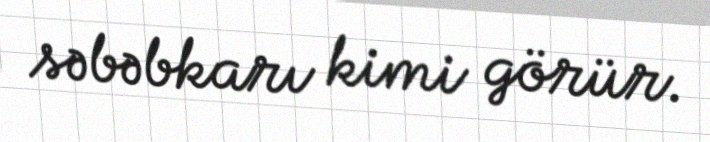
səbəbkarı kimi görür.